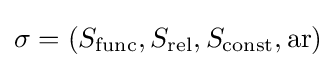
\sigma =\left(S_{\operatorname {func} },S_{\operatorname {rel} },S_{\operatorname {const} },\operatorname {ar} \right)